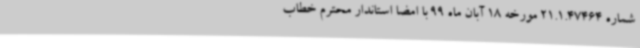
شماره 21.1.47464 مورخه 18 آبان ماه 99 با امضا استاندار محترم خطاب